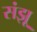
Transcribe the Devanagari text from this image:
संझू